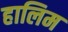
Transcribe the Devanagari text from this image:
हालिम